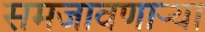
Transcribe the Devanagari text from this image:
समजावणाऱ्या